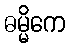
ဓမ္မိကေ